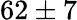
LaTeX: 62\pm 7